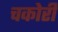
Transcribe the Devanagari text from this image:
चकोरी